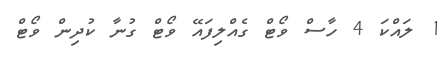
1 ލައްކަ 4 ހާސް ވޯޓް ގެއްލިފައޭ ވޯޓް ގުނާ ކުދިން ވޯޓް